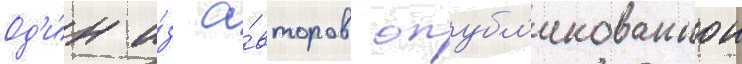
Од'и́н и́з а́второв опубл'икованнои